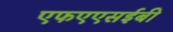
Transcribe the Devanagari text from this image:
एफएएसईबी